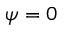
\psi = 0